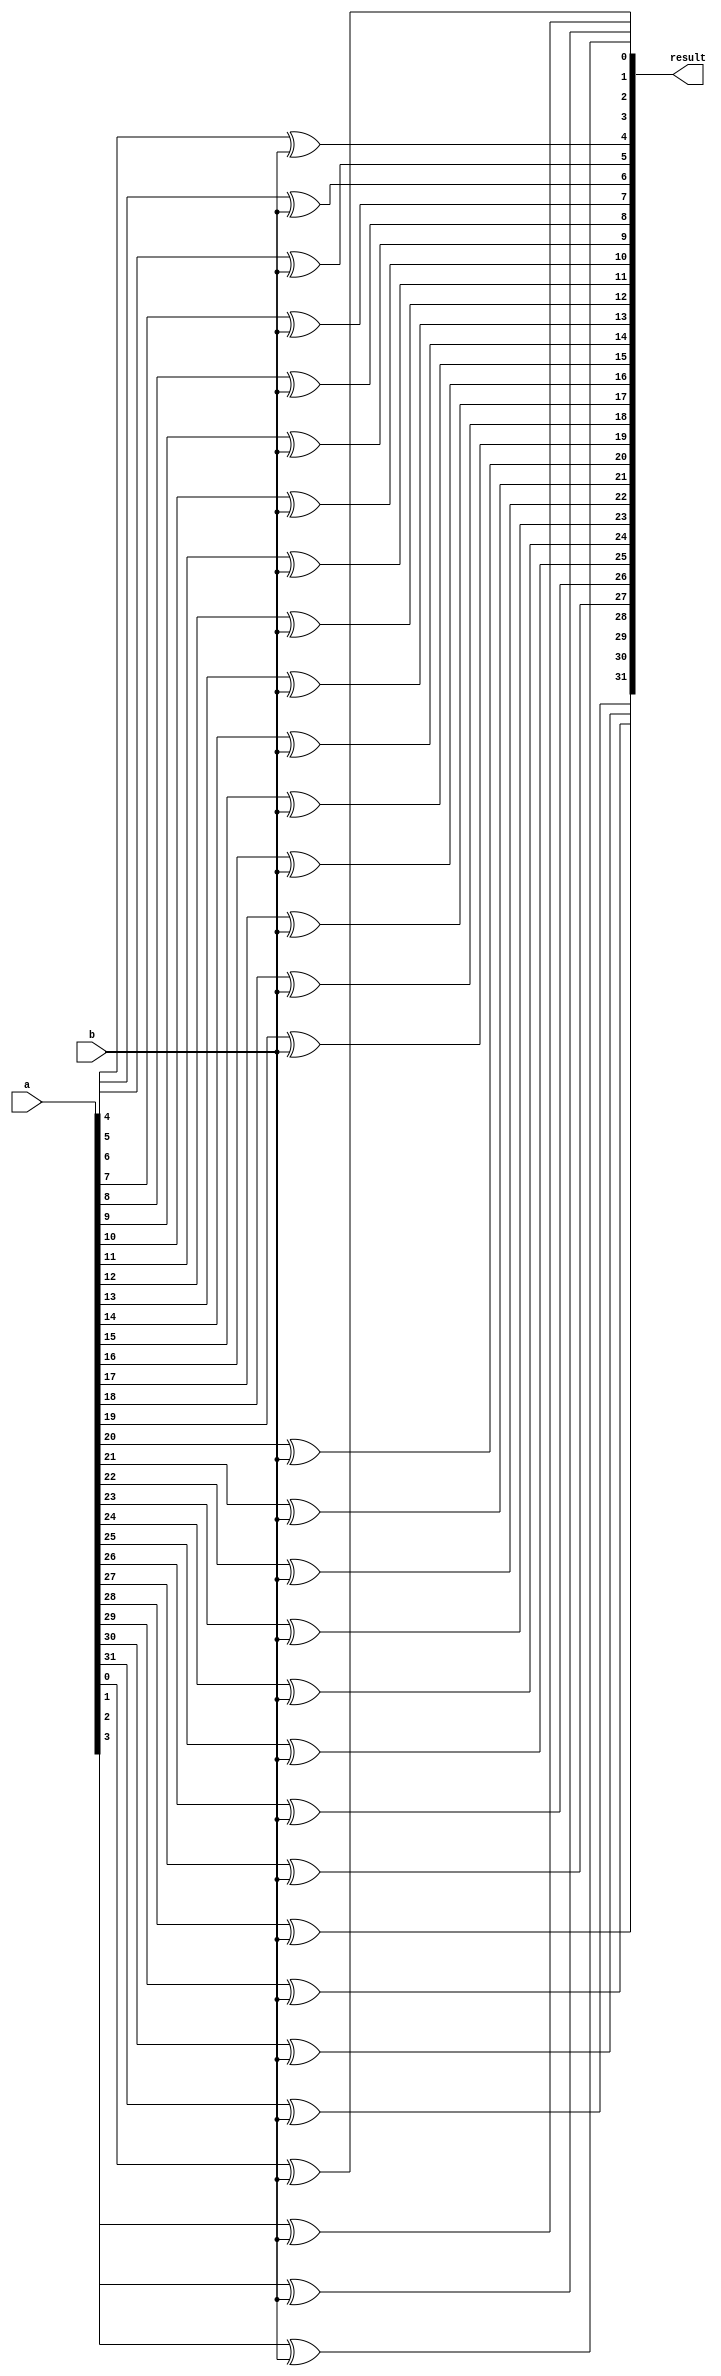
module xor_32bit_v2(result,a,b);
input[31:0] a;
input b;
output [31:0] result;
	
xor xor0(result[0],a[0],b);
xor xor1(result[1],a[1],b);
xor xor2(result[2],a[2],b);
xor xor3(result[3],a[3],b);
xor xor4(result[4],a[4],b);
xor xor5(result[5],a[5],b);
xor xor6(result[6],a[6],b);
xor xor7(result[7],a[7],b);
xor xor8(result[8],a[8],b);
xor xor9(result[9],a[9],b);
xor xor10(result[10],a[10],b);
xor xor11(result[11],a[11],b);
xor xor12(result[12],a[12],b);
xor xor13(result[13],a[13],b);
xor xor14(result[14],a[14],b);
xor xor15(result[15],a[15],b);
xor xor16(result[16],a[16],b);
xor xor17(result[17],a[17],b);
xor xor18(result[18],a[18],b);
xor xor19(result[19],a[19],b);
xor xor20(result[20],a[20],b);
xor xor21(result[21],a[21],b);
xor xor22(result[22],a[22],b);
xor xor23(result[23],a[23],b);
xor xor24(result[24],a[24],b);
xor xor25(result[25],a[25],b);
xor xor26(result[26],a[26],b);
xor xor27(result[27],a[27],b);
xor xor28(result[28],a[28],b);
xor xor29(result[29],a[29],b);
xor xor30(result[30],a[30],b);
xor xor31(result[31],a[31],b);
	
endmodule